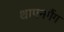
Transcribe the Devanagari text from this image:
थापनगैंग